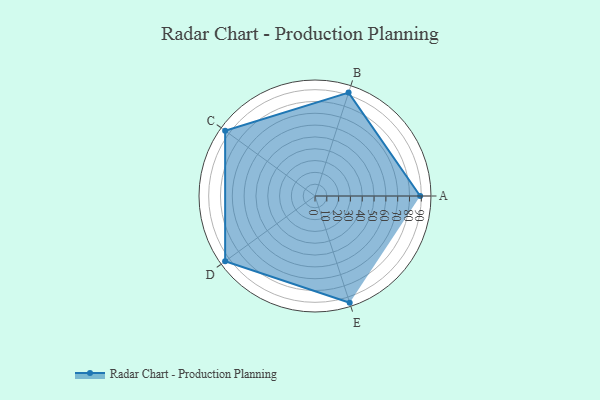
{"axis": {"x": "Skill", "y": "Score"}, "legend": ["Profile"], "data": [{"x": "A", "y": 89.0, "type": "Profile"}, {"x": "B", "y": 92.0, "type": "Profile"}, {"x": "C", "y": 94.0, "type": "Profile"}, {"x": "D", "y": 94.0, "type": "Profile"}, {"x": "E", "y": 95.0, "type": "Profile"}]}